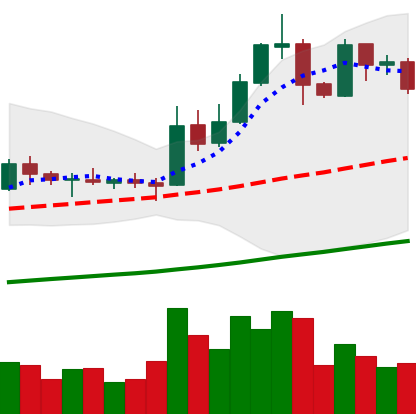
Ticker: EOS-USD
Chart end date: 2019-05-22
Forward return: 33.74%
Label: up_7plus